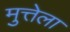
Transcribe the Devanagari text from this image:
मुत्तेला